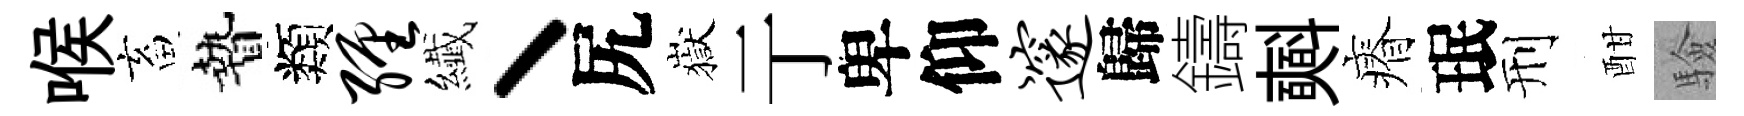
喉畜贄類缠纎丶尻嶽亍卑仰邃歸鑄𣂏瘠珉刑酣驗